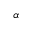
\alpha